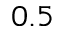
0 . 5